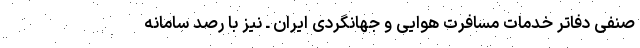
صنفی دفاتر خدمات مسافرت هوایی و جهانگردی ایران ـ نیز با رصد سامانه